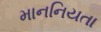
માનનિયતા